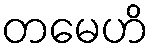
တမေဟိ